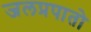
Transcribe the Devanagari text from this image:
जलप्रपातो